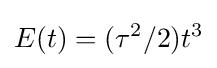
E(t)=(\tau ^{2}/2)t^{3}